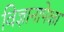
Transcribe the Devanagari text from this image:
विज्ञानापेक्षा